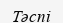
Тәспі